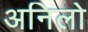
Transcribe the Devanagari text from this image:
अनिलो